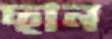
ছান